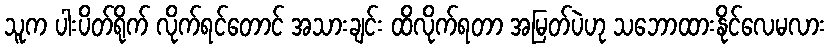
သူက ပါးပိတ်ရိုက် လိုက်ရင်တောင် အသားချင်း ထိလိုက်ရတာ အမြတ်ပဲဟု သဘောထားနိုင်လေမလား